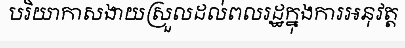
បរិយាកាសងាយស្រួលដល់ពលរដ្ឋក្នុងការអនុវត្ត